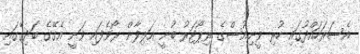
އެސަރަހައްދުގައި ހުރި ވީނިއުސްގެ ރިޕޯޓަރު ބުނީ އަލިފާން ރޯވެފައި ވަނީ އެގޭގެ ބަދިގޭގައި